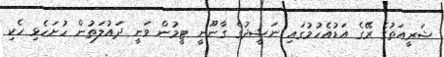
ޝަރީއަތުގެ ރޭގެ އަޑުއެހުމުގައި ނަޝީދުގެ ގާނޫނީ ޓީމުން ވަނީ ދައުލަތުން ހުށަހެޅި ހެކި